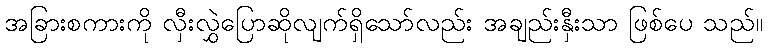
အခြားစကားကို လှီးလွှဲပြောဆိုလျက်ရှိသော်လည်း အချည်းနှီးသာ ဖြစ်ပေ သည်။